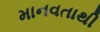
માનવતાથી